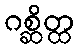
ဂစ္ဆိတ္ထ